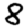
Digit: 8